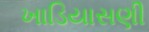
ખાડિયાસણી